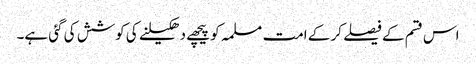
اس قسم کے فیصلے کر کے امت مسلمہ کو پیچھے دھکیلنے کی کوشش کی گئی ہے۔